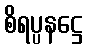
စိရပ္ပနဋ္ဌေ